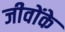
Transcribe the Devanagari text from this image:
जीवोंके